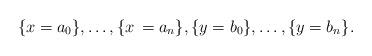
LaTeX: \begin{align*} \{ x = a_0 \} , \ldots, \{ x\, = a_n\}, \{ y = b_0 \}, \ldots, \{ y = b_n\}. \end{align*}